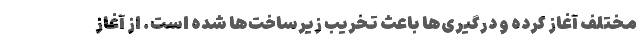
مختلف آغاز کرده و درگیری‌ها باعث تخریب زیرساخت‌ها شده است. از آغاز